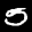
Label: 5